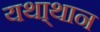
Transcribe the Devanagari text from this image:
यथा्थान